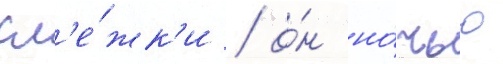
сл'е́жк'и / о́н но́чью